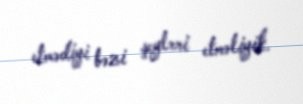
etmədiyi bəzi şeyləri etməliyik.